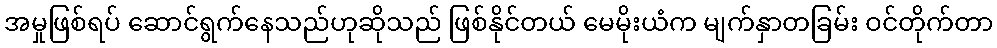
အမှုဖြစ်ရပ် ဆောင်ရွက်နေသည်ဟုဆိုသည် ဖြစ်နိုင်တယ် မေမိုးယံက မျက်နှာတခြမ်း ဝင်တိုက်တာ